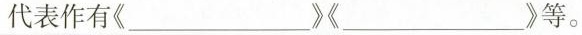
代表作有《___》《___)等。